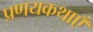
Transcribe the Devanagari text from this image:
प्रणयकथाएँ